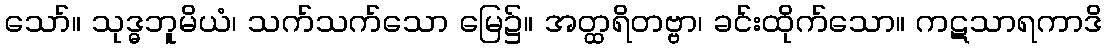
သော်။ သုဒ္ဓဘူမိယံ၊ သက်သက်သော မြေ၌။ အတ္ထရိတဗ္ဗာ၊ ခင်းထိုက်သော။ ကဋသာရကာဒိ